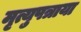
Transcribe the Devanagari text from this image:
मृत्युपत्राया